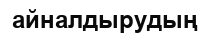
айналдырудың